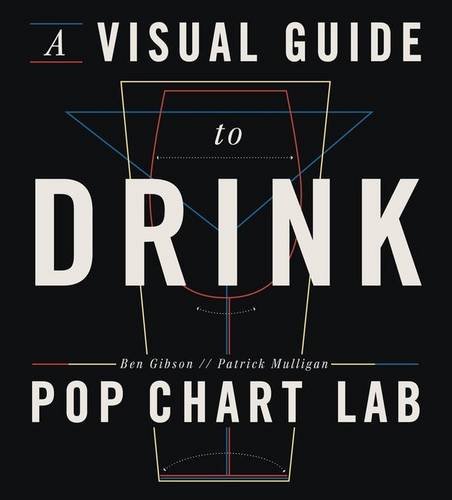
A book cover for A Visual Guide to Drink; Ben Gibson; Cookbooks, Food & Wine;